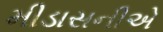
મીડાસનીએ